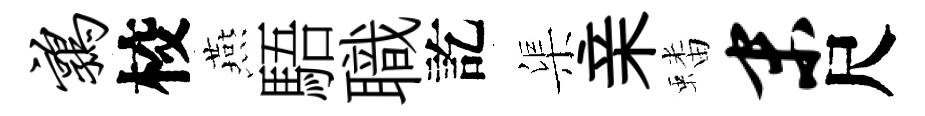
鹑校燕䮏職訖渠亲蟠末尺